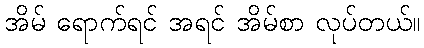
အိမ် ရောက်ရင် အရင် အိမ်စာ လုပ်တယ်။